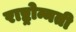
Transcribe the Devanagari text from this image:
राष्ट्रोन्नती